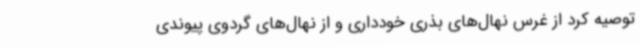
توصیه کرد از غرس نهال‌های بذری خودداری و از نهال‌های گردوی پیوندی